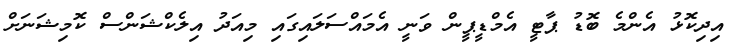
އިދިކޮޅު އެންމެ ބޮޑު ޕާޓީ އެމްޑީޕީން ވަނީ އެމައްސަލައިގައި މިއަދު އިލެކްޝަންސް ކޮމިޝަނަށް